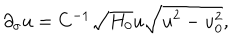
\partial _ { \sigma } u = C ^ { - 1 } \sqrt { H _ { 0 } } u \sqrt { u ^ { 2 } - u _ { 0 } ^ { 2 } } ,